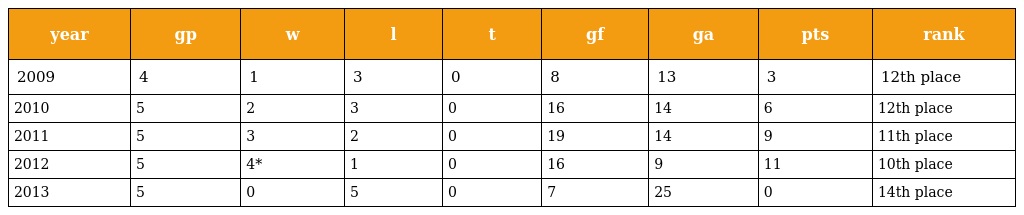
| year | gp | w | l | t | gf | ga | pts | rank |
 | --- | --- | --- | --- | --- | --- | --- | --- | --- |
 | 2009 | 4 | 1 | 3 | 0 | 8 | 13 | 3 | 12th place |
 | 2010 | 5 | 2 | 3 | 0 | 16 | 14 | 6 | 12th place |
 | 2011 | 5 | 3 | 2 | 0 | 19 | 14 | 9 | 11th place |
 | 2012 | 5 | 4* | 1 | 0 | 16 | 9 | 11 | 10th place |
 | 2013 | 5 | 0 | 5 | 0 | 7 | 25 | 0 | 14th place |